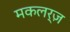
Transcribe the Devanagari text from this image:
मकलर्ज़